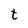
Character: t